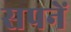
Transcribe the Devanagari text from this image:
सपनें